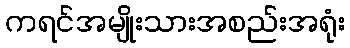
ကရင်အမျိုးသားအစည်းအရုံး